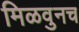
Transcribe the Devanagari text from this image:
मिळवुनच